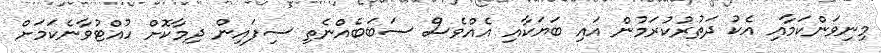
މިނިވަންކަމާއި އެކު ދަތުރުކުރަމުން އައި ބަޔަކާއި އެއްވެސް ސަބަބެއްނެތި ސިފައިން ދިމާކޮށް ހުއްޓުވާނެކަމަށް